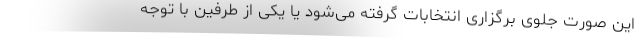
این صورت جلوی برگزاری انتخابات گرفته می‌شود یا یکی از طرفین با توجه